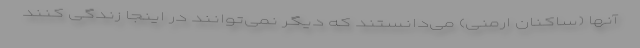
آنها (ساکنان ارمنی) می‌دانستند که دیگر نمی‌توانند در اینجا زندگی کنند